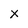
Character: x